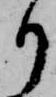
り